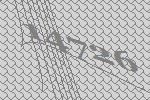
14726